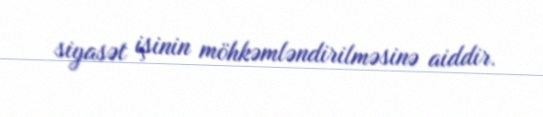
siyasət işinin möhkəmləndirilməsinə aiddir.